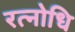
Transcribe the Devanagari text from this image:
रत्नोधि